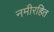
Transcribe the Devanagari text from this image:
नमीरहित